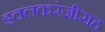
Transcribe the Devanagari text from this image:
इचलकरंजीसह